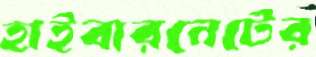
হাইবারনেটের